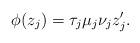
LaTeX: \begin{align*}\phi(z_j) = \tau_j \mu_j \nu_j z'_j.\end{align*}